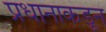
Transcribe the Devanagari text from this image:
प्रधानाकडून